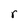
Character: r